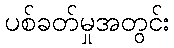
ပစ်ခတ်မှုအတွင်း